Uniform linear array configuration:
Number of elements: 12
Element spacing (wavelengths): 0.5
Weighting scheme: blackman
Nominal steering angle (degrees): -30
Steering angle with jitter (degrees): -31.178
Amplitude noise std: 0.05
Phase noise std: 0.05

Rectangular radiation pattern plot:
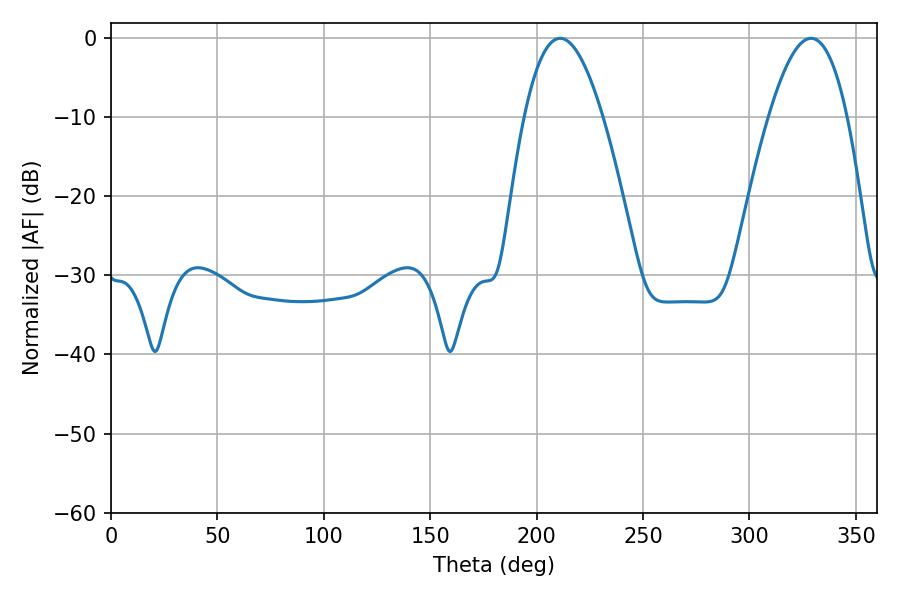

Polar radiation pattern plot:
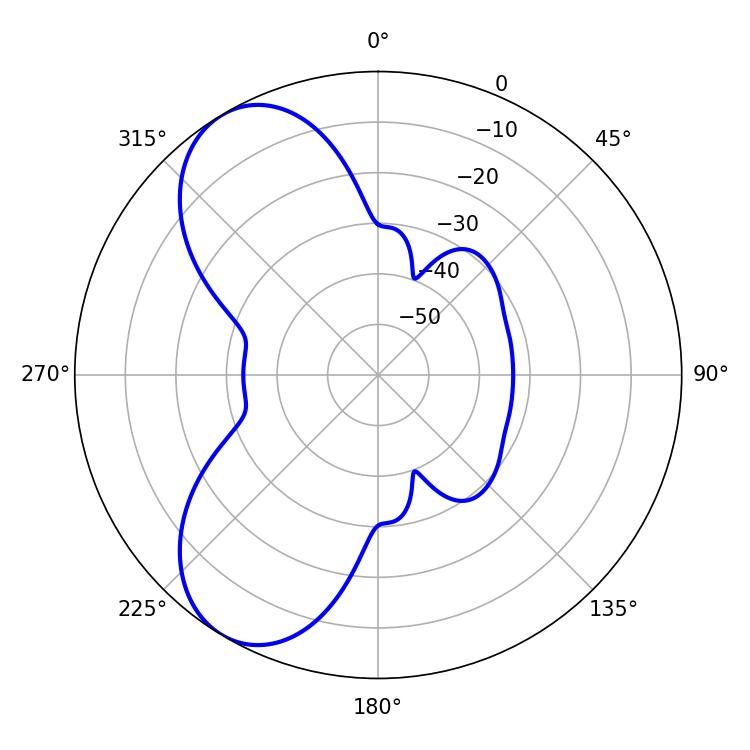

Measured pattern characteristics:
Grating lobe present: FALSE
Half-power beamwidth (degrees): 20.16
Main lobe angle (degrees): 210.96